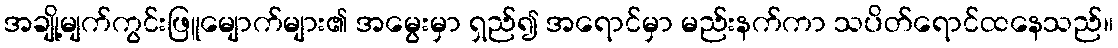
အချို့မျက်ကွင်းဖြူမျောက်များ၏ အမွေးမှာ ရှည်၍ အရောင်မှာ မည်းနက်ကာ သပိတ်ရောင်ထနေသည်။